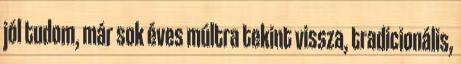
jól tudom, már sok éves múltra tekint vissza, tradicionális,